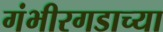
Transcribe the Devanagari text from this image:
गंभीरगडाच्या